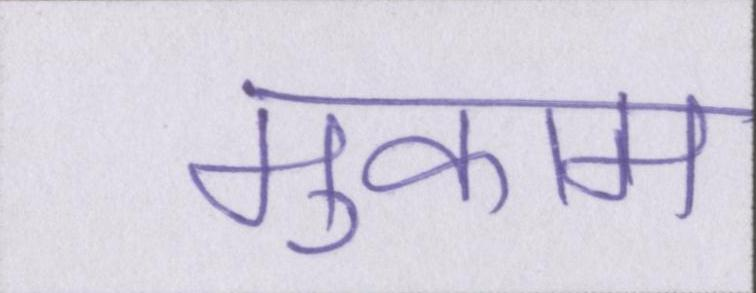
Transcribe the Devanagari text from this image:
मुकाम